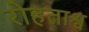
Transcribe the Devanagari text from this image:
रोहताश्व